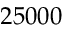
2 5 0 0 0